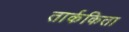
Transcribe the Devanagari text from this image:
तार्ककिता